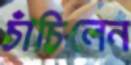
চাঁচিলেন